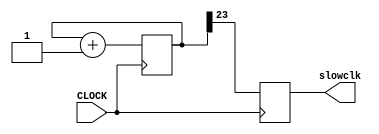
`timescale 1ns / 1ps
//////////////////////////////////////////////////////////////////////////////////
// Company: 
// Engineer: 
// 
// Design Name: 
// Module Name: clk6
// Project Name: 
// Target Devices: 
// Tool Versions: 
// Description: 
// 
// Dependencies: 
// 
// Revision:
// Revision 0.01 - File Created
// Additional Comments:
// 
//////////////////////////////////////////////////////////////////////////////////


module clk6(input CLOCK, output reg slowclk);
    reg [23:0]count = 0;
    
    always @ (posedge CLOCK) begin
        count <= count + 1;
        slowclk <= count[23];
    end
    
endmodule